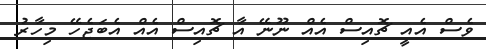
ވެސް އެއީ ޗޮއިސް އެއް ނޫނޭ އާ ޗޮއިސް އެއް އެބަޖެހޭ މިހާރު